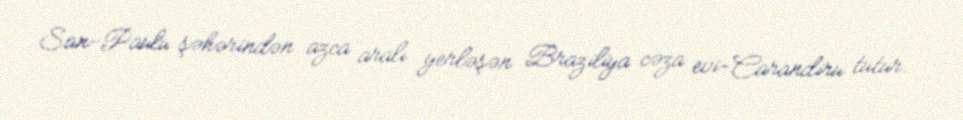
San-Paulu şəhərindən azca aralı yerləşən Braziliya cəza evi-Carandiru tutur.